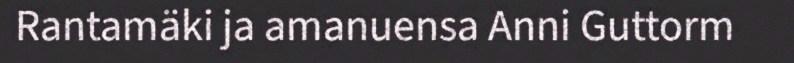
Rantamäki ja amanuensa Anni Guttorm